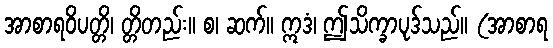
အာစာရဝိပတ္တိ၊ တ္တိတည်း။ စ၊ ဆက်။ ဣဒံ၊ ဤသိက္ခာပုဒ်သည်။ (အာစာရ